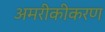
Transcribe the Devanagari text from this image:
अमरीकीकरण